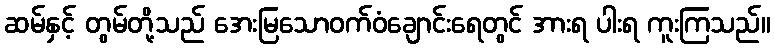
ဆမ်နှင့် တွမ်တို့သည် အေးမြသောဝက်ဝံချောင်းရေတွင် အားရ ပါးရ ကူးကြသည်။